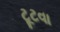
ટૂટવા